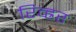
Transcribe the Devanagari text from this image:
रिव्ह्रर